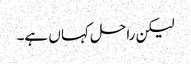
لیکن راحل کہا ں ہے۔